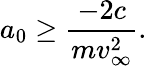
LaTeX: a_{0}\ge\frac{-2c}{mv_{\infty}^{2}}.